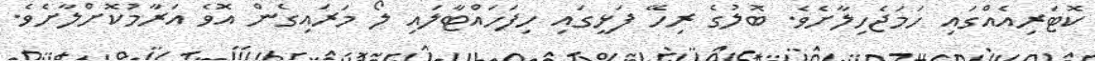
ކޮޓަރިއެއްގައި ހަމަޖެހިލާށެވެ. ބޮލުގެ ރިހޭ ފަޅީގައި ހިފަހައްޓާލައި ލޯ މަރައިގެން އޮވެ އަރާމުކޮށްލާށެވެ.